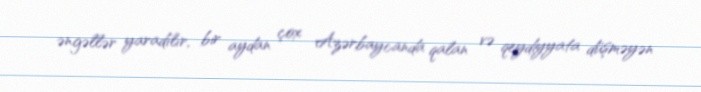
əngəllər yaradılır, bir aydan çox Azərbaycanda qalan və qeydiyyata düşməyən